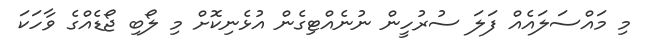
މި މައްސަލައެއް ފަލަ ސުރުހީން ނުނެއްޓިގެން އުޅެނިކޮށް މި ލޯބި ޖޯޑެއްގެ ވާހަކަ